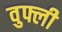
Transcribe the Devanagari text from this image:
वुफ्ली